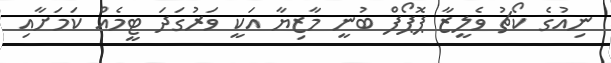
ނިއުގެ ކޯޗު ވެލީޒާ ޕޮޕޯފް ބުނީ މާޒިޔާ އަކީ ވަރުގަދަ ޓީމެއް ކަމަށާއި